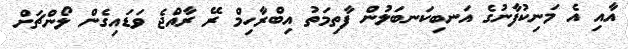
އާއި އެ މަނިކުފާނުގެ އަނބިކަނބަލުން ފާތިމަތު އިބްރާހިމް ރޭ ރާއްޖެ ވަޑައިގެން ލޯންޗަށް